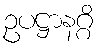
ဥပဋ္ဌာနဂ္ဂိ